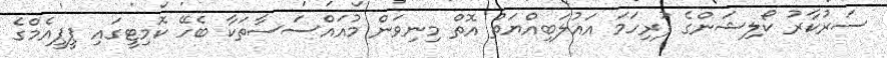
ސަރުކާރު ކޯލިޝަންގެ ފުރިހަމަ އަޣުލަބިއްޔަތު އޮތް މިނިވަން މުއައްސަސާތަކާ ބެހޭ ކޮމިޓީގައި ޕީޕީއެމްގެ